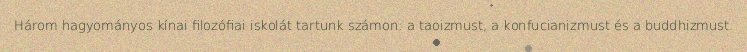
Három hagyományos kínai filozófiai iskolát tartunk számon: a taoizmust, a konfucianizmust és a buddhizmust.